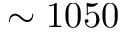
\sim 1 0 5 0